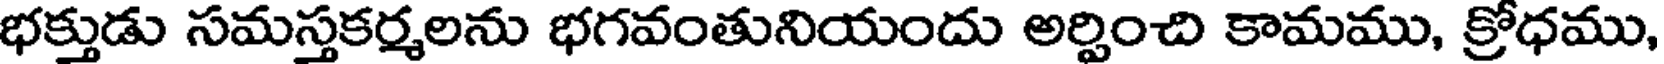
భక్తుడు సమస్తకర్మలను భగవంతునియందు అర్పించి కామము, క్రోధము,